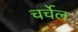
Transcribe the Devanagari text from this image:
चर्चेल